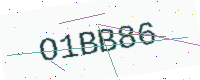
Text: O1BB86